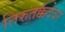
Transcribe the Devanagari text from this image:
तिरुतक्कदेवर